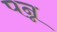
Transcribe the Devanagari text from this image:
पन्न